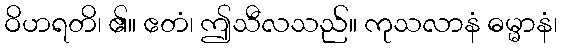
ဝိဟရတိ၊ ၏။ ဧတံ၊ ဤသီလသည်။ ကုသလာနံ ဓမ္မာနံ၊